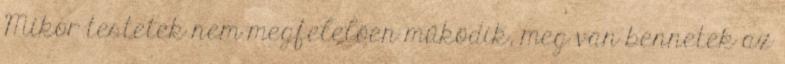
Mikor testetek nem megfelelően működik, meg van bennetek az